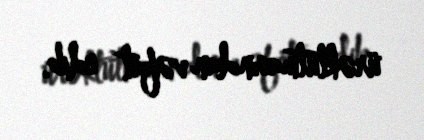
ürəktutmasından vəfat edib.